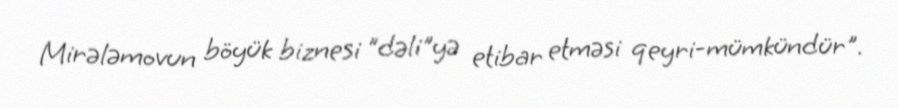
Mirələmovun böyük biznesi ”dəli"yə etibar etməsi qeyri-mümkündür".